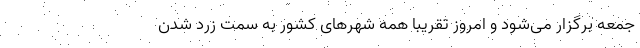
جمعه برگزار می‌‌شود و امروز تقریبا همه شهرهای کشور به سمت زرد شدن